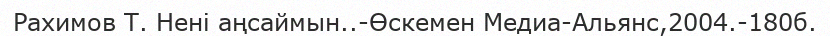
Рахимов Т. Нені аңсаймын..-Өскемен Медиа-Альянс,2004.-180б.